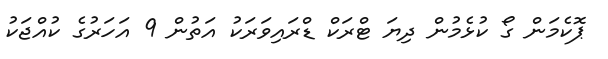
ޕޮކެމަން ގޯ ކުޅެމުން ދިޔަ ޓްރަކް ޑްރައިވަރަކު އަތުން 9 އަހަރުގެ ކުއްޖަކު